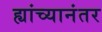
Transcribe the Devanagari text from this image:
ह्यांच्यानंतर